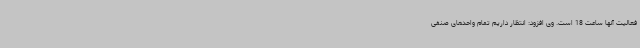
فعالیت آنها ساعت 18 است. وی افزود: انتظار داریم تمام واحدهای صنفی